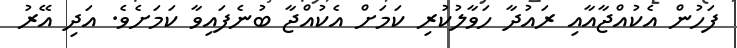
ފަހުން އެކުއްޖާއާއި ރައުދާ ހަވާލުކުރި ކަމަށް އެކުއްޖާ ބުނެފައިވާ ކަމަށެވެ. އަދި އޭރު